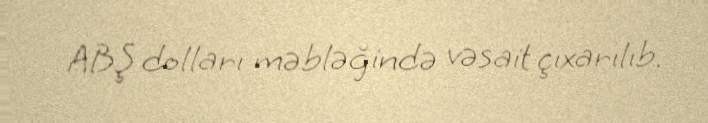
ABŞ dolları məbləğində vəsait çıxarılıb.